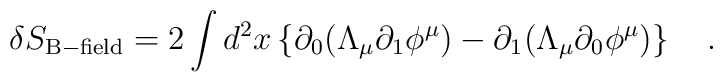
\delta S_{\rm B-field} = 2 \int d^2x \left\{ \partial_0 (\Lambda_\mu\partial_1 \phi^\mu) - \partial_1 (\Lambda_\mu \partial_0 \phi^\mu) \right\}\quad.